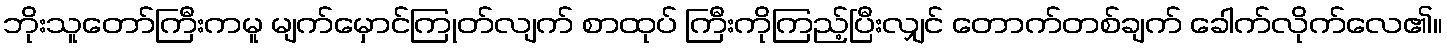
ဘိုးသူတော်ကြီးကမူ မျက်မှောင်ကြုတ်လျက် စာထုပ် ကြီးကိုကြည့်ပြီးလျှင် တောက်တစ်ချက် ခေါက်လိုက်လေ၏။